Vaccination in the Punjab 1867-1880 - 1867-1880
Year: 1867
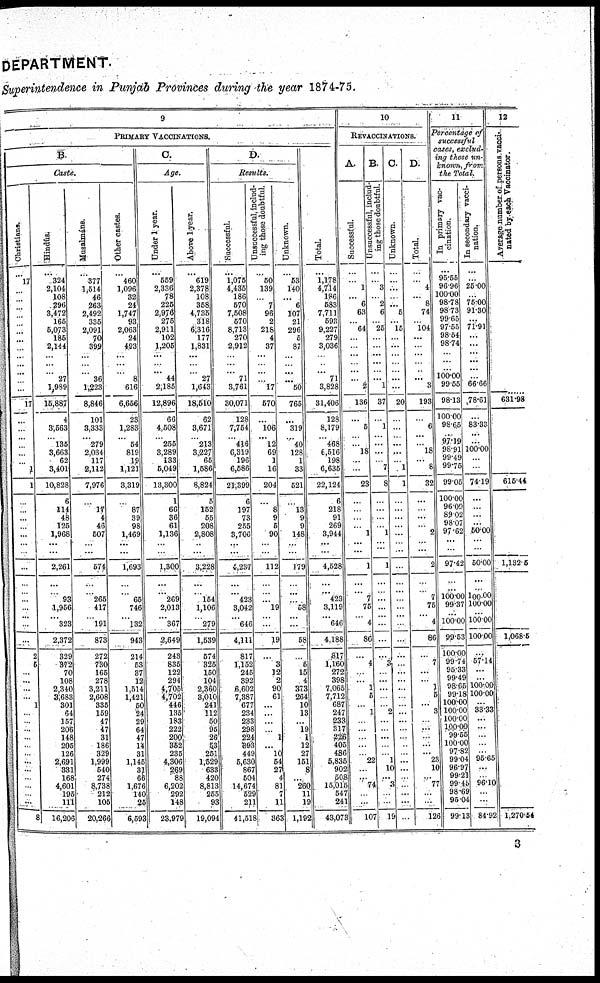
DEPARTMENT.
Superintendence in Punjab Provinces during the year 1874-75.
9
PRIMARY VACCINATIONS.
B.
Caste.
Christians.
...
17 ...
...
...
...
...
...
...
...
...
... ...
...
...
17
...
...
... ...
...
...
1
1
...
...
...
...
...
...
...
...
...
...
...
... ...
...
...
2
5
...
...
...
...
1
...
...
...
...
...
...
...
...
...
...
...
...
8
Hindús.
...
324
2,104
108
296
3,472
165
5,073
185
2,144
...
...
...
27
1,989
15,887
4
3,563
... 135
...
62
3,401
10,828
6
114
48
125
1,968
...
...
2,261
...
...
93
1,956
... 323
2,372
329
372
70
108
2,340
3,683
301
64
157
206
148
205
126
2,691
331
168
4,601
195
111
16,206
Musalmáns.
...
377 1,514
46
263
2,492
335
2,091
70
399
...
...
...
36
1,223
8,846
101
3,333
... 279
2,034
117
2,112
7,976
...
17
4
46
507
...
...
574
...
...
265 417
... 191
873
272
730
165
278
3,211
2,608
335
159
47
47
31
186
329
1,999
540
274
8,738
212
105
20,266
Other castes.
...
460
1,096
32
24
1,747
93
2,063
24
493
...
...
...
8
616
6,656
23
1,283
...
54
819
19
1,121
3,319
...
87
39
98
1,469
...
...
1,693
...
...
65
746
... 132
943
214
53
37
12
1,514
1,421
50
24
29
64
47
14
31
1,145
31
66
1,676
140
25
6,593
C
Age.
Under 1 year.
...
559
2,336
78
225
2,976
275
2,911
102
1,205
...
... ... 44
2,185
12,896
66
4,508
... 255
3,289
133
5,049
13,300
1
66
36
61
1,136
...
...
1,300
...
...
269
2,013
... 367
2,649
243
835
122
294
4,705
4,702
446
135
183
222
200
352
235
4,306
269
88
6,202
292
148
23,979
Above 1 year.
...
619
2,378
108
358
4,735
318
6,316
177
1,831
...
...
...
27
1,643
18,510
62
3,671
... 213
3,227
65
1,586
8,824
5
152
55
208
2,808
...
...
3,228
...
...
154
1,106
...
279
1,539
574
325
150
104
2,360
3,010
241
112
50
95
26
53
251
1,529
633
420
8,813
255
93
19,094
D.
Results.
Successful.
...
1,075
4,435
186
570
7,508
570
8,713
270
2,912
...
...
...
71
3,761
30,071
128
7,754
...
416
6,319
196
6,586
21,399
6
197
73
255
3,706
...
...
4,237
...
...
423
3,042
...
646
4,111
817
1,152
245
392
6,602
7,387
677
234
233
298
224
393
449
5,630
867
504
14,674
529
211
41,518
Unsuccessful, includ-
ing those doubtful.
...
50
139
...
7
96
2
218
4
37
...
... ...
...
17
570
...
106
...
12
69
1
16
204
...
8
9
5
90
...
...
112
...
...
... 19
...
...
19
...
3
12
2
90
61
...
...
...
...
1
...
10
54
27
4
81
7
11
363
Unknown.
...
53
140
...
6
107
21
296
5
87
...
...
...
...
50
765
...
319
...
40
128
1
33
521
...
13
9
9
148
...
...
179
...
...
...
58
...
...
58
...
5
15
4
373
264
10
13
...
19
1
12
27
151
8
...
260
11
19
1,192
Total.
...
1,178
4,714
186
583
7,711
593
9,227
279
3,036
...
...
...
71
3,828
31,406
128
8,179
...
468
6,516
198
6,635
22,124
6
218
91
269
3,944
...
...
4,528
...
...
423
3,119
...
646
4,188
817
1,160
272
398
7,065
7,712
687
247
233
317
226
405
486
5,835
902
508
15,015
547
241
43,073
10
REVACCINATIONS.
A.
Successful.
...
...
1
...
6
63
...
64
...
...
...
...
...
...
2
136
...
5
...
...
18
...
...
23
...
...
...
...
1
...
...
1
...
...
7
75
...
4
86
...
4
...
...
1
5
...
1
...
...
...
...
... 22
...
...
74
...
...
107
B.
Unsuccessful, includ-
ing those doubtful.
...
...
3
...
2
6
...
25
...
...
...
...
...
...
1
37
...
1
...
...
...
...
7
8
...
...
...
...
1
...
...
1
...
...
...
...
... ...
...
...
3
...
...
...
...
...
2
...
...
...
...
...
1
10
...
3
...
...
19
C.
Unknown.
...
...
...
...
...
5
...
15
...
...
...
...
...
...
...
20
...
...
... ...
...
...
1
1
...
...
...
...
...
...
...
...
...
...
...
...
... ...
...
...
...
...
...
...
...
...
...
...
...
...
...
...
...
...
...
...
...
...
...
D.
Total.
...
...
4
...
8
74
...
104
...
...
...
...
...
...
3
193
...
6
...
...
18
...
8
32
...
...
...
...
2
...
...
2
...
...
7
75
...
4
86
...
7
...
...
1
5
...
3
...
...
...
...
...
23
10
...
77
...
...
126
11
Percentage of
successful
cases, exclud-
ing those un-
known, from
the Total.
In primary vac-
cination.
...
95.55
96.96
100.00
98.78
98.73
99.65
97.55
98.54
98.74
...
...
...
100.00
99.55
98.13
100.00
98.65
...
97.19
98.91
99.49
99.75
99.05
100.00
96.09
89.02
98.07
97.62
...
...
97.42
...
...
100.00
99.37
...
100.00
99.53
100.00
99.74
95.33
99.49
98.65
99.18
100.00
100.00
100.00
100.00
99.55
100.00
97.82
99.04
96.97
99.21
99.45
98.69
95.04
99.13
In secondary vacci-
nation.
...
...
25.00
...
75.00
91.30
...
71.91
...
...
...
...
...
...
66.66
78.61
...
83.33
... ...
100.00
...
...
74.19
...
...
...
...
50.00
...
...
50.00
...
...
100.00
100.00
...
100.00
100.00
...
57.14
...
...
100.00
100.00
...
33.33
...
...
...
...
...
95.65
...
...
96.10
...
...
84.92
12
Average number of persons vacci-
nated by each Vaccinator.
631.98
615.44
1,132.5
1,068.5
1,270.54
3